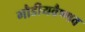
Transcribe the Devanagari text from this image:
गौडीयवैष्णव